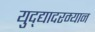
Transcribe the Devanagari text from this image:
युद्द्यादरम्यान